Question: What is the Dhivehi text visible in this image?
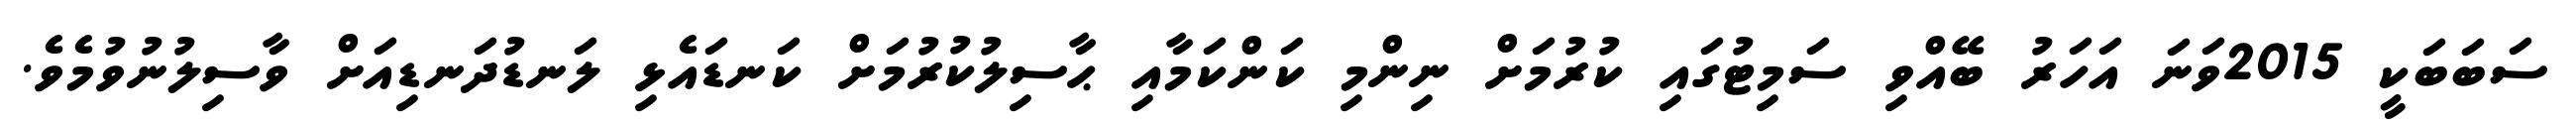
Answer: ސަބަބަކީ 2015ވަނަ އަހަރު ބޭއްވި ސަމިޓުގައި ކުރުމަށް ނިންމި ކަންކަމާއި ޙާސިލުކުރުމަށް ކަނޑައެޅި ލަނޑުދަނޑިއަށް ވާސިލުނުވުމެވެ.